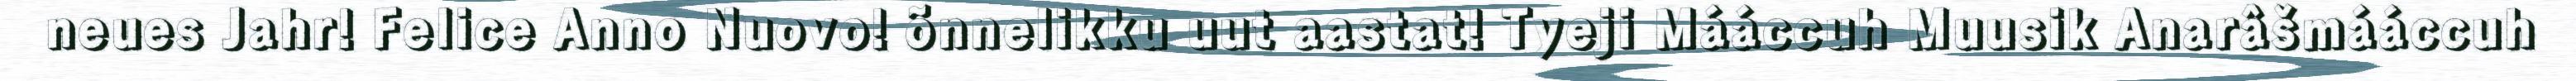
neues Jahr! Felice Anno Nuovo! õnnelikku uut aastat! Tyeji Mááccuh Muusik Anarâšmááccuh